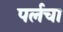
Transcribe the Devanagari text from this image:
पर्लचा